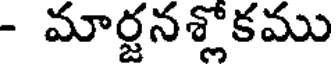
- మార్జనశ్లోకము